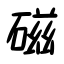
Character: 磁